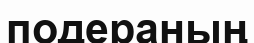
подераның